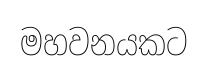
මහවනයකට